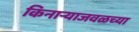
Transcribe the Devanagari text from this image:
किनार्‍याजवळच्या